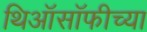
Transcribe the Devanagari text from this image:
थिऑसॉफीच्या